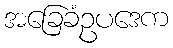
အခြေခံဥပဒေက